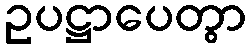
ဥပဋ္ဌာပေတွာ